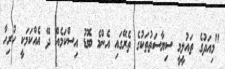
"މިއަދުގެ ތައުލީމީ ސިޔާސަތުތަކުގެ ތެރޭގައި އެންމެ ބޮޑު އިސްކަމެއް ދޭ އެއްކަމަކީ ހުރިހާ